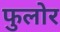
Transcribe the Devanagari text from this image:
फुलोर